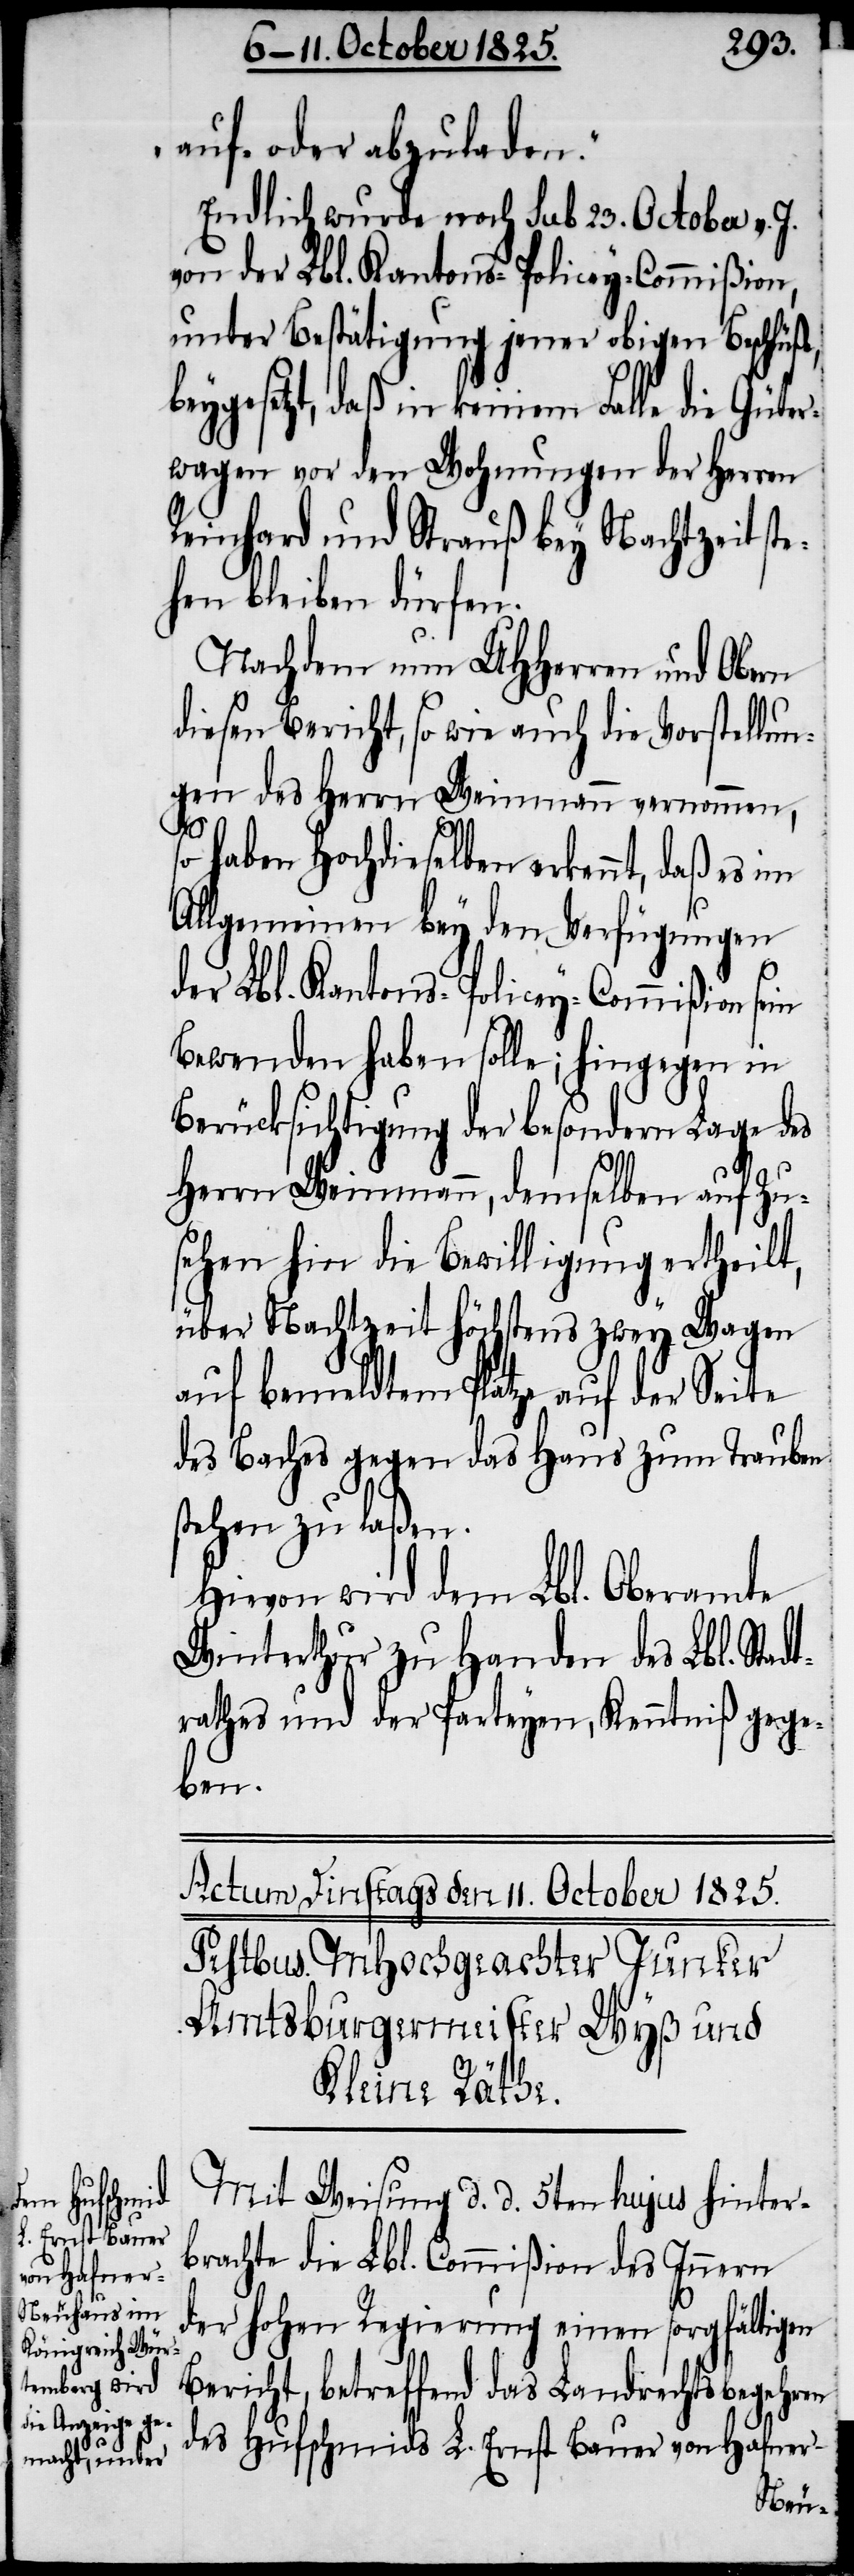
auf- oder abzuladen“.
Endlich wurde noch sub 23. October v. J.
von der Lbl. Kantons-Policey-Commißion,
unter Bestätigung jener obigen Schlüße,
beygesetzt, daß in keinem Falle die Güte¬
rwagen vor den Wohnungen der Herren
Reinhard und Strauß bey Nachtzeit ste¬
hen bleiben dürfen.
Nachdem nun UHHerren und Obern
diesen Bericht, so wie auch die Vorstellun¬
gen des Herrn Weinmann vernommen,
so haben Hochdieselben erkennt, daß es im
Allgemeinen bey den Verfügungen
der Lbl. Kantons-Policey-Commißion sein
Bewenden haben solle; hingegen in
Berücksichtigung der besondern Lage des
Herrn Weinmann, demselben auf Zu¬
sehen hin die Bewilligung ertheilt,
über Nachtzeit höchstens zwey Wagen
auf bemeldten Platze auf der Seite
des Baches gegen das Haus zum Trauben
stehen zu laßen.
Hievon wird dem Lbl. Oberamte
Winterthur zu Handen des Lbl. Stadt¬
rathes und der Parteyen, Kenntniß gege¬
ben.
Mit Weisung d. d. 5ten hujus hinter¬
brachte die Lbl. Commißion des Innern
der hohen Regierung einen sorgfältigen
Bericht, betreffend das Landrechtsbegehren
des Hufschmids L. Ernst Bauer von Hafner-